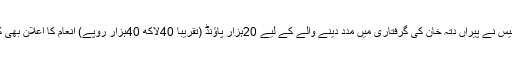
برطانوی پولیس نے پیراں دتہ خان کی گرفتاری میں مدد دینے والے کے لیے 20ہزار پاﺅنڈ (تقریباً 40لاکھ 40ہزار روپے) انعام کا اعلان بھی کر رکھا تھا۔